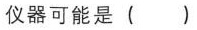
仪器可能是 ()